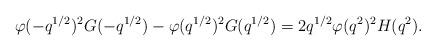
LaTeX: \begin{align*} \varphi(-q^{1/2})^2G(-q^{1/2})-\varphi(q^{1/2})^2G(q^{1/2}) = 2q^{1/2}\varphi(q^2)^2H(q^2).\end{align*}